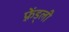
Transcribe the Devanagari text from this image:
फ़्रेंड्ली